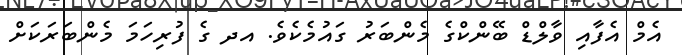
އެމް އެފާއި ވާލްޑް ބޭންކްގެ މެންބަރު ގައުމެކެވެ. އދ ގެ ފުރިހަމަ މެންބަރަކަށް